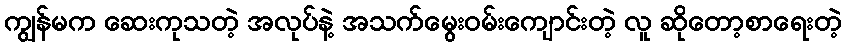
ကျွန်မက ဆေးကုသတဲ့ အလုပ်နဲ့ အသက်မွေးဝမ်းကျောင်းတဲ့ လူ ဆိုတော့စာရေးတဲ့